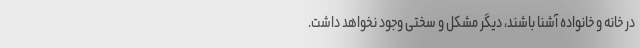
در خانه و خانواده آشنا باشند، دیگر مشکل و سختی وجود نخواهد داشت.